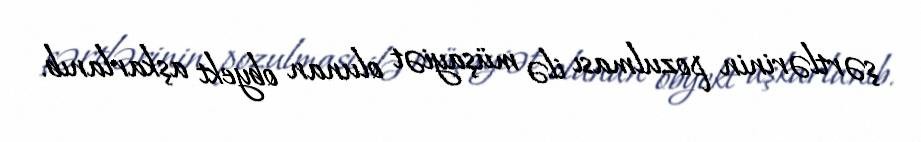
şərtlərinin pozulması ilə müşayiət olunan obyekt aşkarlanıb.